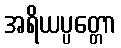
အရိယပ္ပတ္တော